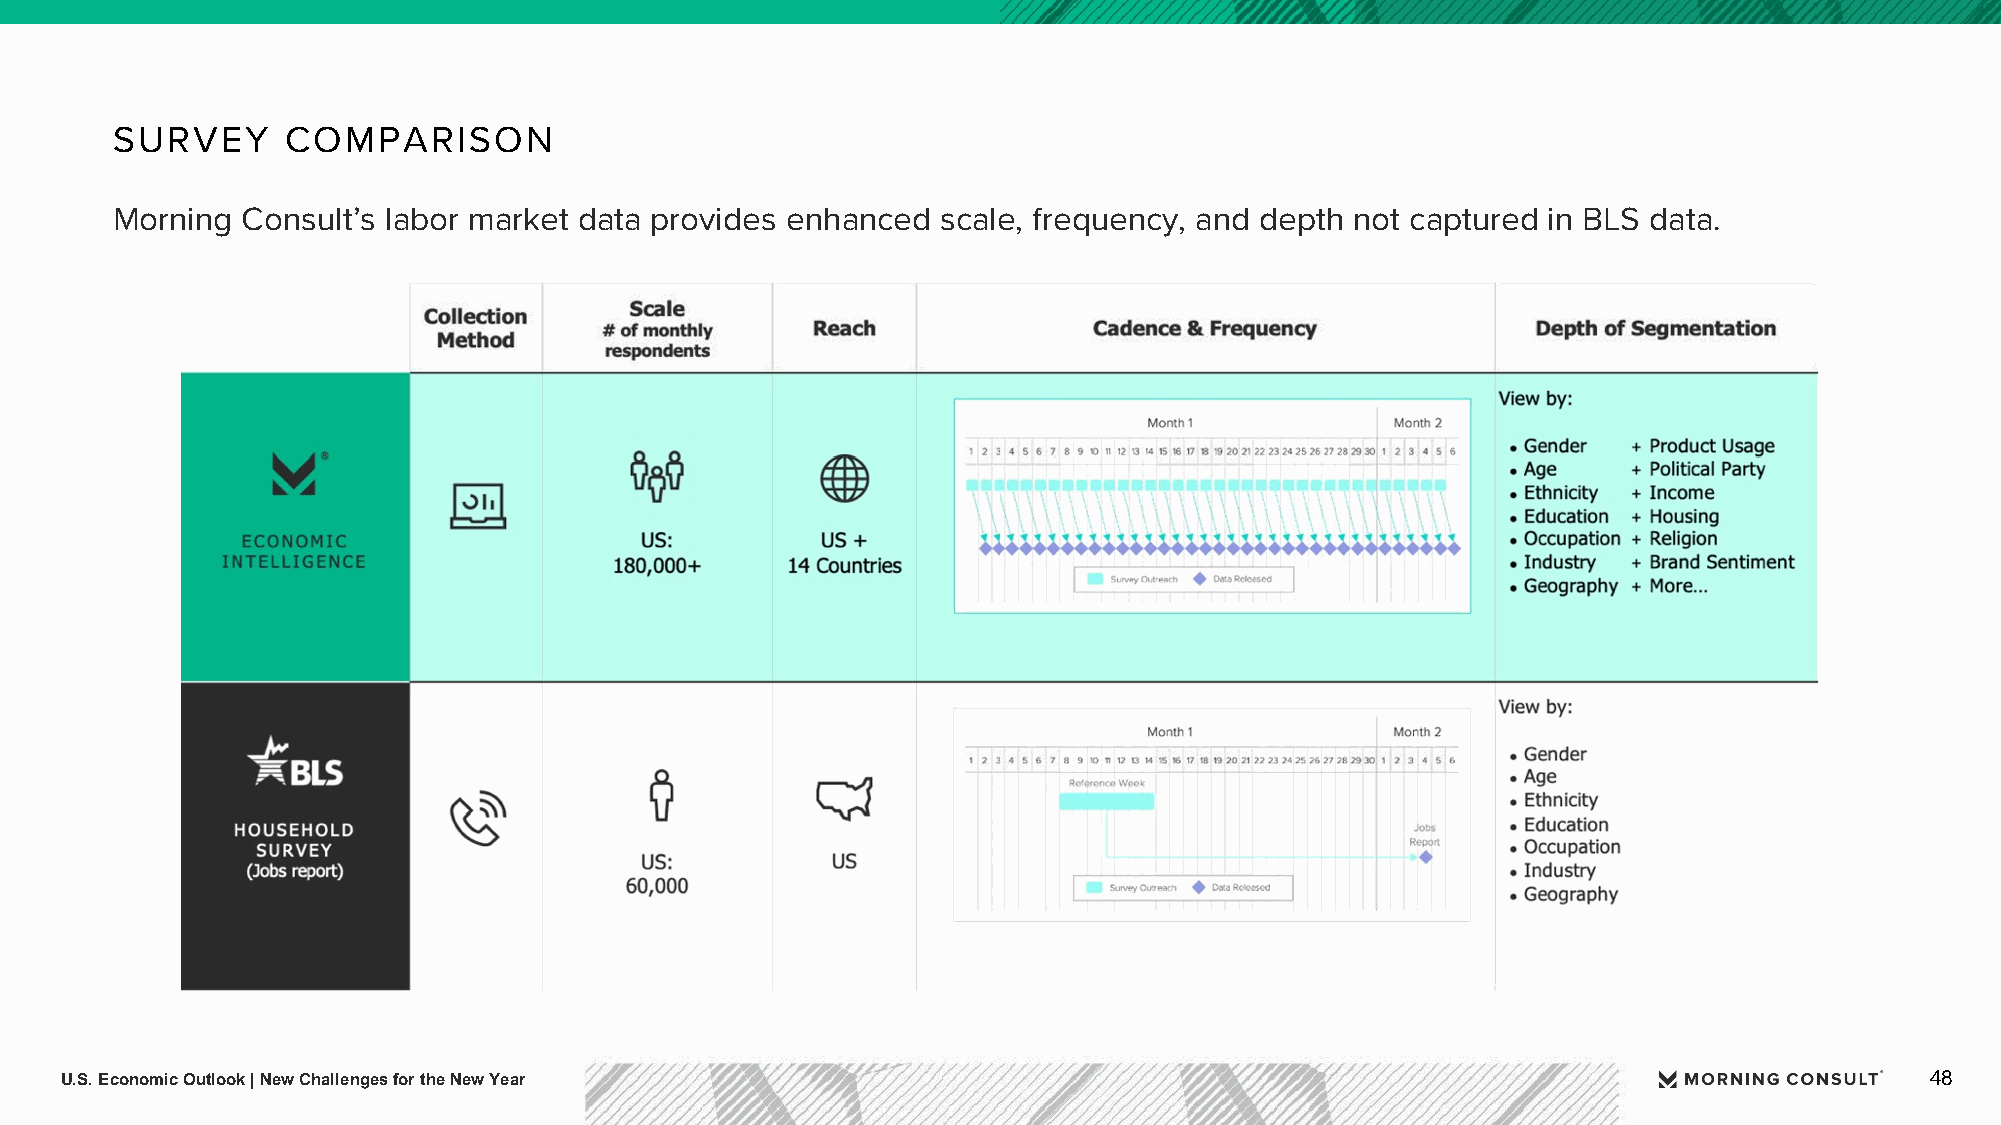
SURVEY      COMPARISON
 Morning  Consult’s labor market data provides enhanced scale, frequency, and depth not captured in BLS data.
 U.S. Economic Outlook | New Challenges for the New Year                                                                     48